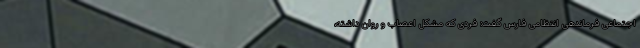
اجتماعی فرماندهی انتظامی فارس گفت: فردی که مشکل اعصاب و روان داشته،